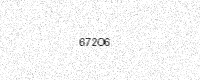
Text: 672O6